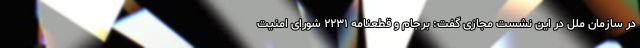
در سازمان ملل در این نشست مجازی گفت: برجام و قطعنامه ۲۲۳۱ شورای امنیت